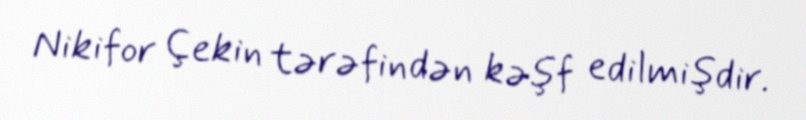
Nikifor Çekin tərəfindən kəşf edilmişdir.